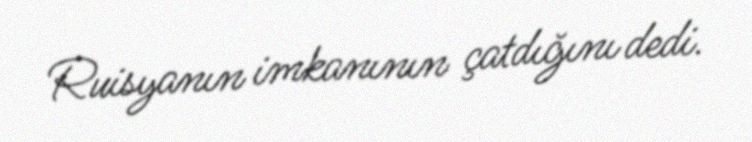
Ruisyanın imkanının çatdığını dedi.